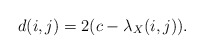
\begin{align*} d(i,j)=2(c-\lambda_X(i,j)).\end{align*}